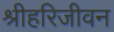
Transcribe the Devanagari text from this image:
श्रीहरिजीवन